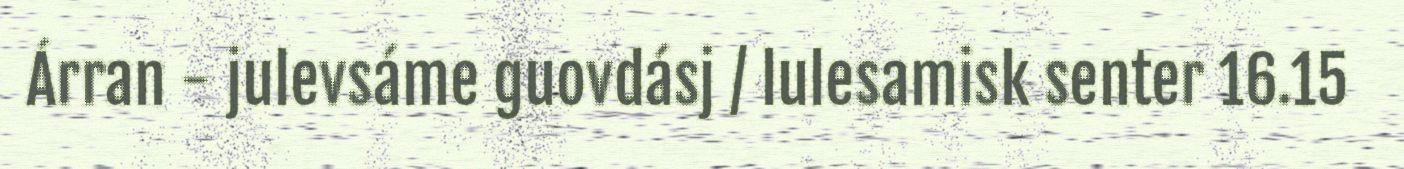
Árran - julevsáme guovdásj / lulesamisk senter 16.15